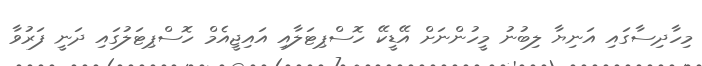
މިހާދިސާގައި އަނިޔާ ލިބުނު މީހުންނަށް އޭޑީކޭ ހޮސްޕިޓަލާއި އައިޖީއެމް ހޮސްޕިޓަލުގައި ދަނީ ފަރުވާ